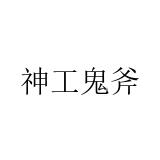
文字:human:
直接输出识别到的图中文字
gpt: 神工鬼斧